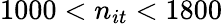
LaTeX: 1000<n_{it}<1800